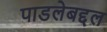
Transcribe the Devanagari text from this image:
पाडलेबद्दल